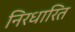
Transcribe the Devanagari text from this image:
निरधारित